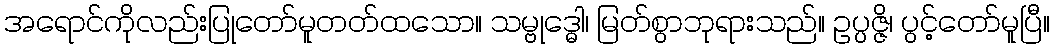
အရောင်ကိုလည်းပြုတော်မူတတ်ထသော။ သမ္ဗုဒ္ဓေါ၊ မြတ်စွာဘုရားသည်။ ဥပ္ပဇ္ဇိ၊ ပွင့်တော်မူပြီ။